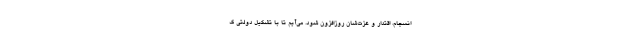
انسجام، اقتدار و عزت‌شان روزافزون شود. می‌آیم تا با تشکیل دولتی ک